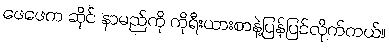
ဖေဖေက ဆိုင် နာမည်ကို ကိုရီးယားစာနဲ့ပြန်ပြင်လိုက်တယ်။